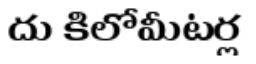
దు కిలోమీటర్ల